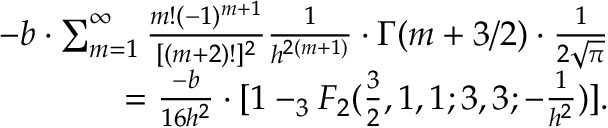
\begin{array} { r l r } & { } & { - b \cdot \sum _ { m = 1 } ^ { \infty } { \frac { m ! ( - 1 ) ^ { m + 1 } } { [ ( m + 2 ) ! ] ^ { 2 } } } { \frac { 1 } { h ^ { 2 ( m + 1 ) } } } \cdot \Gamma ( m + 3 / 2 ) \cdot { \frac { 1 } { 2 \sqrt { \pi } } } } \\ & { } & { = { \frac { - b } { 1 6 h ^ { 2 } } } \cdot [ 1 - _ { 3 } F _ { 2 } ( { \frac { 3 } { 2 } } , 1 , 1 ; 3 , 3 ; - { \frac { 1 } { h ^ { 2 } } } ) ] . } \end{array}